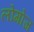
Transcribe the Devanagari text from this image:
लोगोज